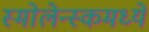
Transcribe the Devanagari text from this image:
स्मोलेन्स्कमध्ये